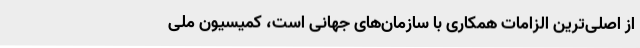
از اصلی‌ترین الزامات همکاری با سازمان‌های جهانی است، کمیسیون ملی